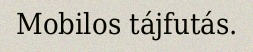
Mobilos tájfutás.